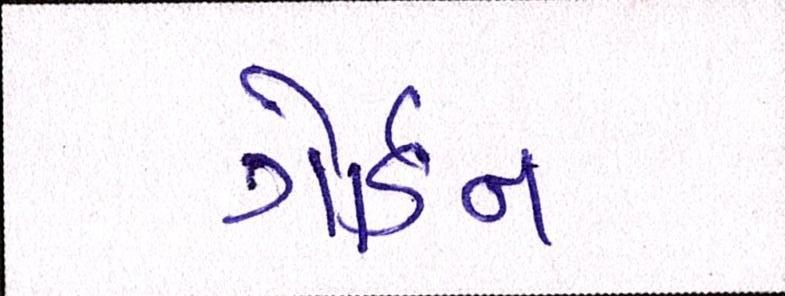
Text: ગોર્ડન